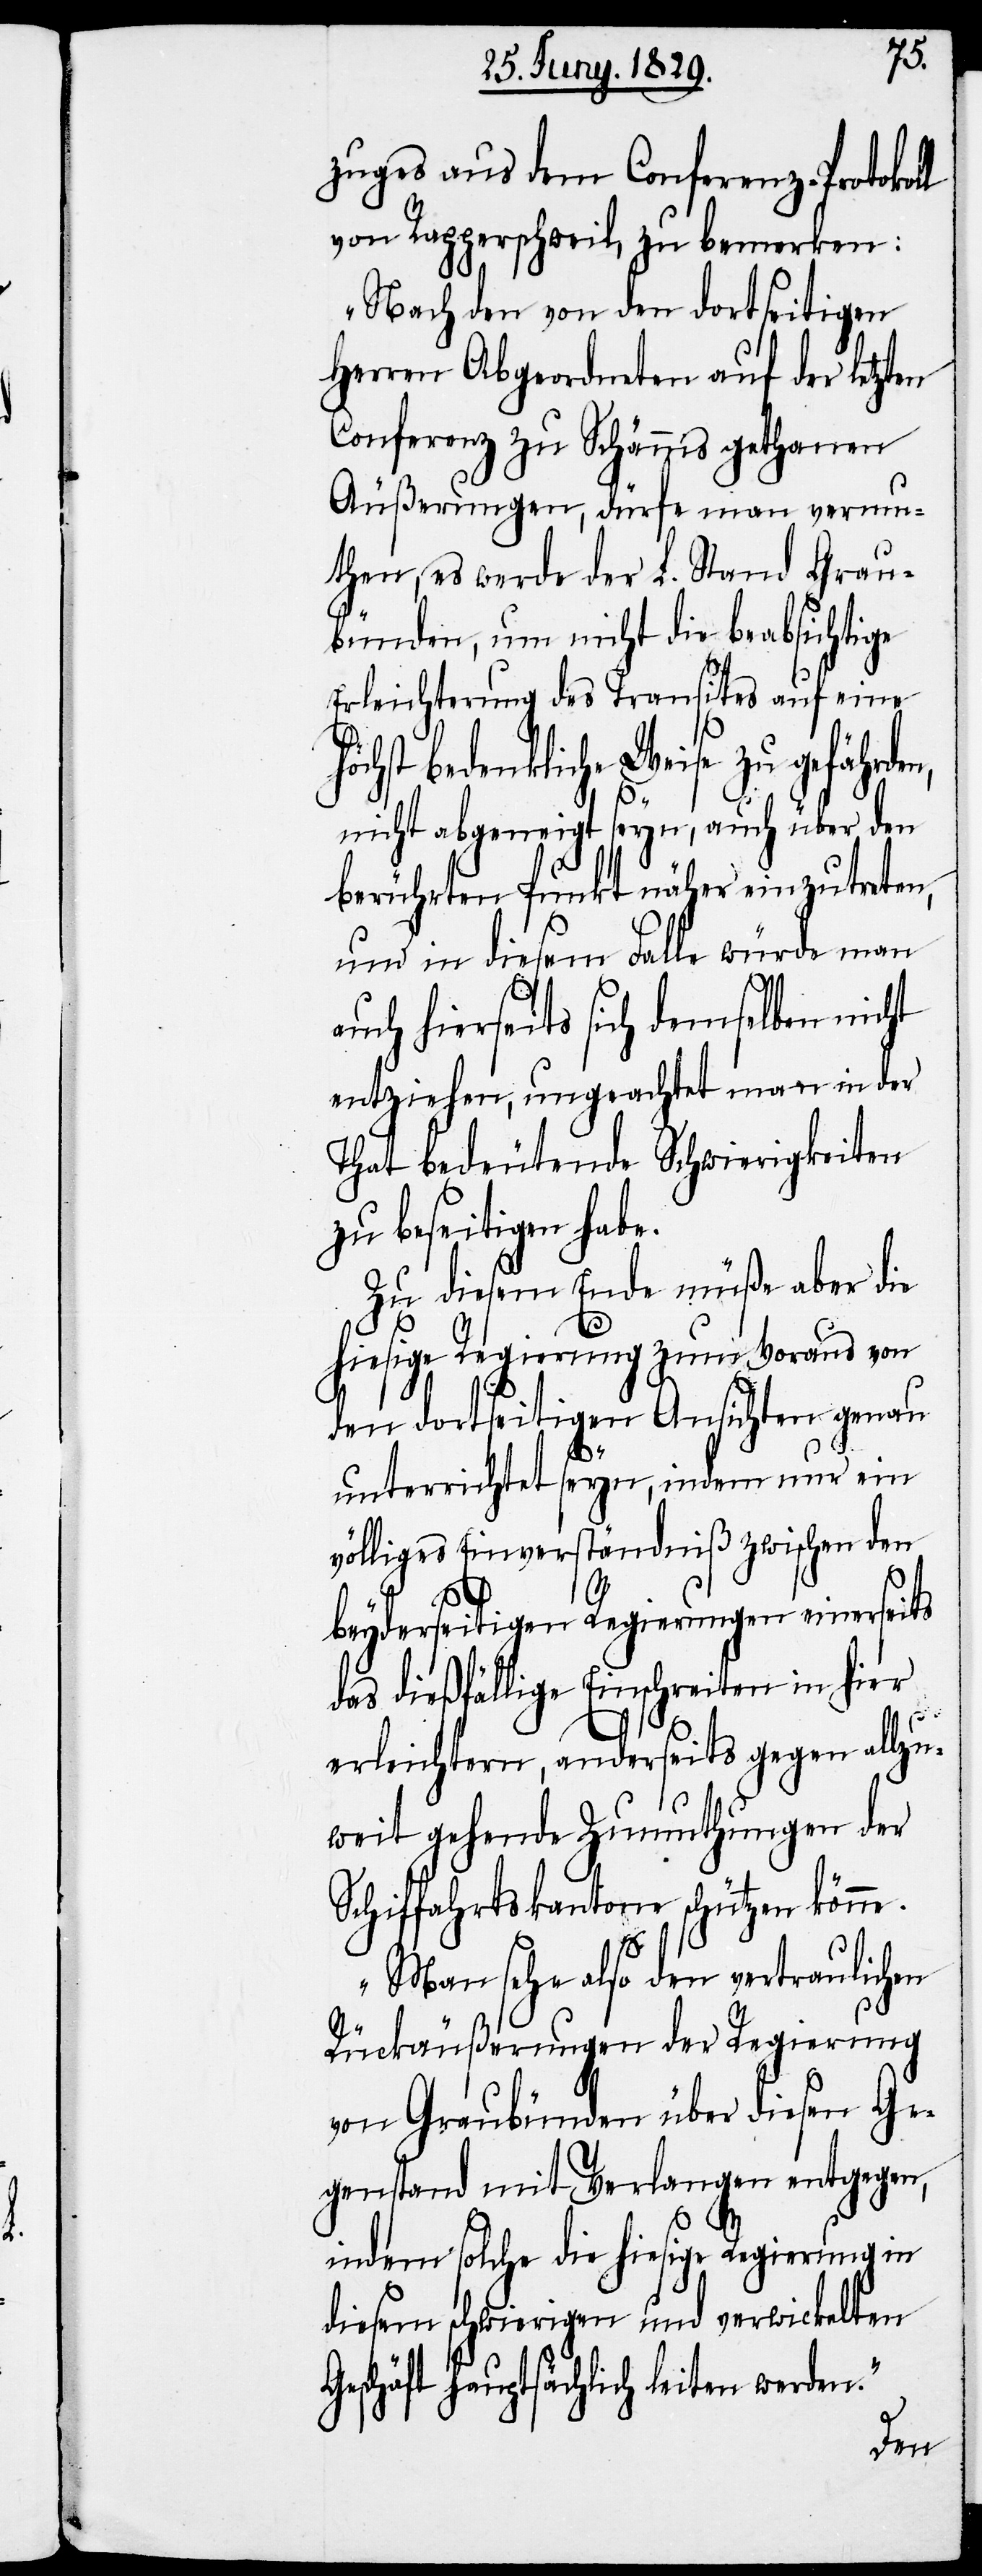
zuges aus dem Conferenz-Protokoll
von Rapperschweil, zu bemerken:
„Nach den von den dortseitigen
Herren Abgeordneten auf der letzten
Conferenz zu Schännis gethanen
Äußerungen, dürfe man vermu¬
then, es werde der L. Stand Grau¬
bünden, um nicht die beabsichtig¬
Erleichterung des Transits auf eine
höchst bedenkliche Weise zu gefährden,
nicht abgeneigt seyn, auch über den
berührten Punkt näher einzutreten,
und in diesem Falle würde man
auch hierseits sich demselben nicht
entziehen, ungeachtet man in der
That bedeutende Schwierigkeiten
zu beseitigen habe.
Zu diesem Ende müße aber die
hiesige Regierung zum Voraus von
den dortseitigen Ansichten genau
unterrichtet seyn, indem nur ein
völliges Einverständniß zwischen den
beyderseitigen Regierungen einerseits
das dießfällige Einschreiten in hier
erleichtern, anderseits gegen allzu¬
weit gehende Zumuthungen der
Schiffahrtskantone schützen könne.
Man sehe also den vertraulichen
Rückäußerungen der Regierung
von Graubünden über diesen Ge¬
genstand mit Verlangen entgegen,
n.“
indem solche die hiesige Regierung in
diesem schwierigen und verwickelten
Geschäft hauptsächlich leiten werde¬